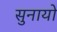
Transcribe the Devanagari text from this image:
सुनायो